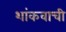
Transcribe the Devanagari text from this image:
शांकवाची